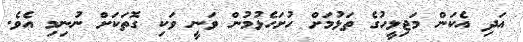
އަދި އެކަން މަޖިލީހުގެ ތަޅުމަށް ހުށަހެޅުމުން ވަނީ ވަކި ގޮތަކަށް ނުނިމި އެވެ.